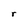
Character: r